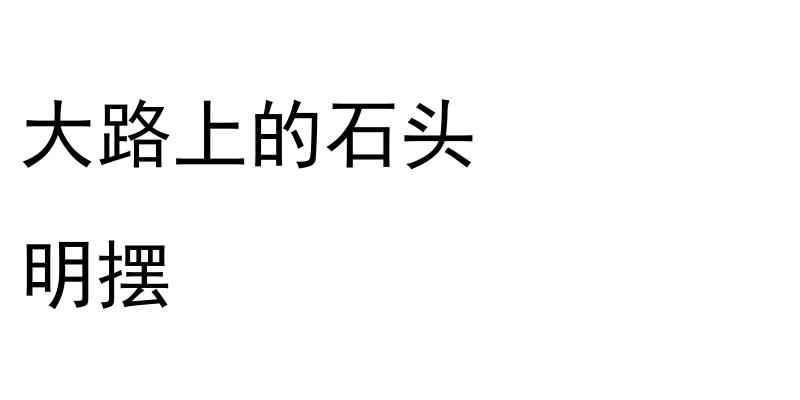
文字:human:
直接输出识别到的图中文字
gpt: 大路上的石头 明摆